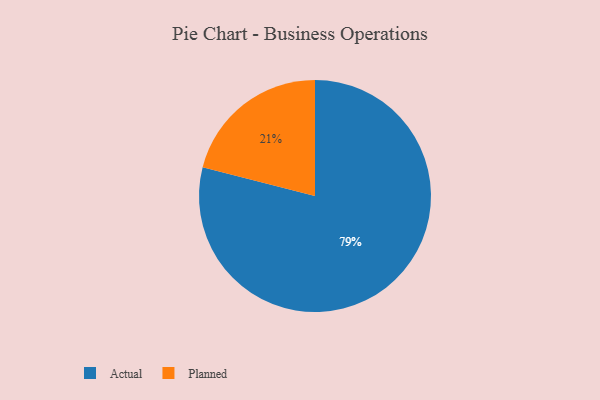
{"axis": {"x": "Category", "y": "Percentage"}, "legend": ["Actual", "Planned"], "data": [{"x": "Planned", "y": 21, "type": "Planned"}, {"x": "Actual", "y": 79, "type": "Actual"}]}